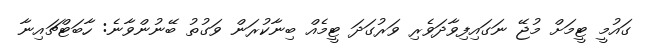
ގައުމީ ޓީމަށް މުޖޭ ނަގައިިފިވާދަވެރި ވަރުގަދަ ޓީމެއް ބިނާކުރަން ވަގުތު ބޭނުންވާނެ: ހާބަޓްޗައިނާ